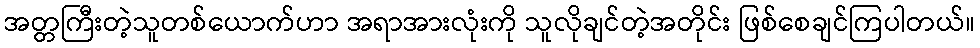
အတ္တကြီးတဲ့သူတစ်ယောက်ဟာ အရာအားလုံးကို သူလိုချင်တဲ့အတိုင်း ဖြစ်စေချင်ကြပါတယ်။